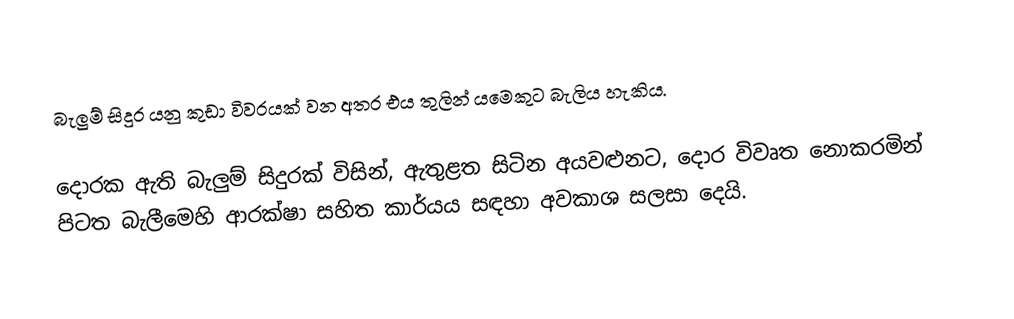
බැලුම් සිදුර යනු කුඩා විවරයක් වන අතර එය තුලින් යමෙකුට බැලිය හැකිය.

දොරක ඇති බැලුම් සිදුරක් විසින්, ඇතුළත සිටින අයවළුනට, දොර විවෘත නොකරමින් පිටත බැලීමෙහි ආරක්ෂා සහිත කාර්යය සඳහා අවකාශ සලසා දෙයි.